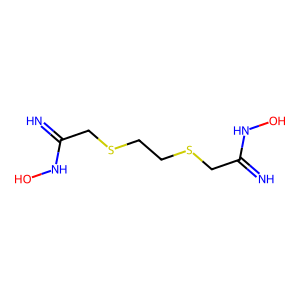
SMILES: N=C(CSCCSCC(=N)NO)NO
Inhibits HIV replication: No